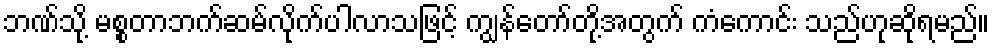
ဘဏ်သို့ မစ္စတာဘက်ဆမ်လိုက်ပါလာသဖြင့် ကျွန်တော်တို့အတွက် ကံကောင်း သည်ဟုဆိုရမည်။